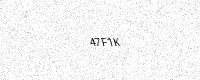
Text: 47F1K